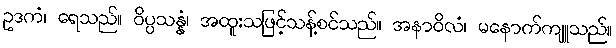
ဥဒကံ၊ ရေသည်။ ဝိပ္ပသန္နံ၊ အထူးသဖြင့်သန့်စင်သည်။ အနာဝိလံ၊ မနောက်ကျူသည်။